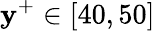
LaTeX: \mathbf{y}^{+}\in[40,50]